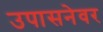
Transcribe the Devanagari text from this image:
उपासनेवर